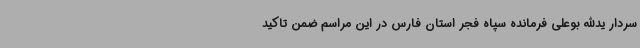
سردار یدالله بوعلی فرمانده سپاه فجر استان فارس در این مراسم ضمن تاکید